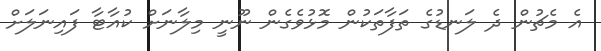
އެ މެޗުން ދެ ލަނޑުގެ ތަފާތަކުން މޮޅުވެގެން ނޫނީ މިލާނަށް ކުއާޓާ ފައިނަލަށް